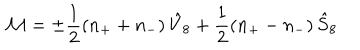
LaTeX: { \cal M } = \pm \frac { 1 } { 2 } ( n _ { + } + n _ { - } ) \, \hat { V } _ { 8 } + \frac { 1 } { 2 } ( n _ { + } - n _ { - } ) \, \hat { S } _ { 8 }